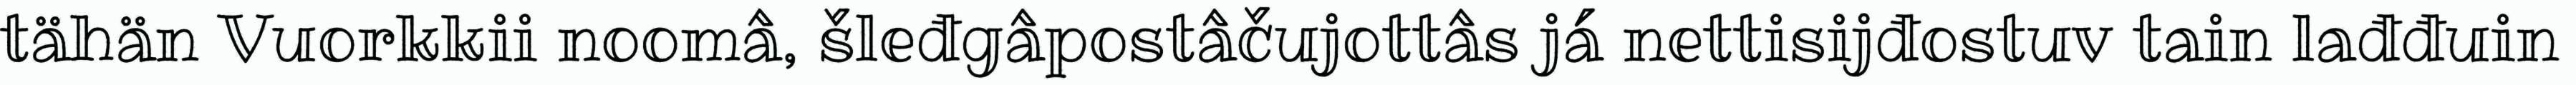
tähän Vuorkkii noomâ, šleđgâpostâčujottâs já nettisijđostuv tain lađđuin